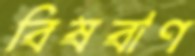
বিষবাণ